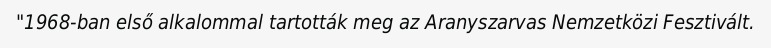
"1968-ban első alkalommal tartották meg az Aranyszarvas Nemzetközi Fesztivált.